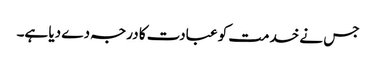
جس نے خدمت کو عبادت کا درجہ دے دیا ہے۔